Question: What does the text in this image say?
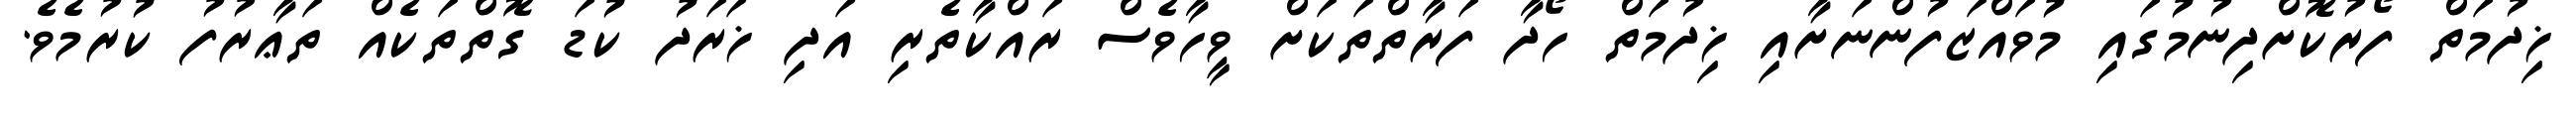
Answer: ޚިދުމަތް ފޯރުކޮށްދިނުމުގައި މުވައްޒަފުންނަށާއި ޚިދުމަތް ހޯދާ ފަރާތްތަކަށް ވީހާވެސް ރައްކާތެރި އަދި ޚަރަދު ކުޑަ ގޮތްތަކެއް ތަޢާރުފު ކުރުމެވެ.